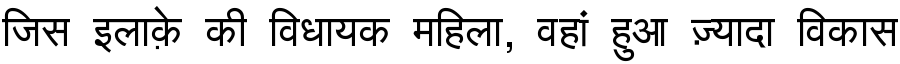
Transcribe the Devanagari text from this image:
जिस इलाक़े की विधायक महिला, वहां हुआ ज़्यादा विकास